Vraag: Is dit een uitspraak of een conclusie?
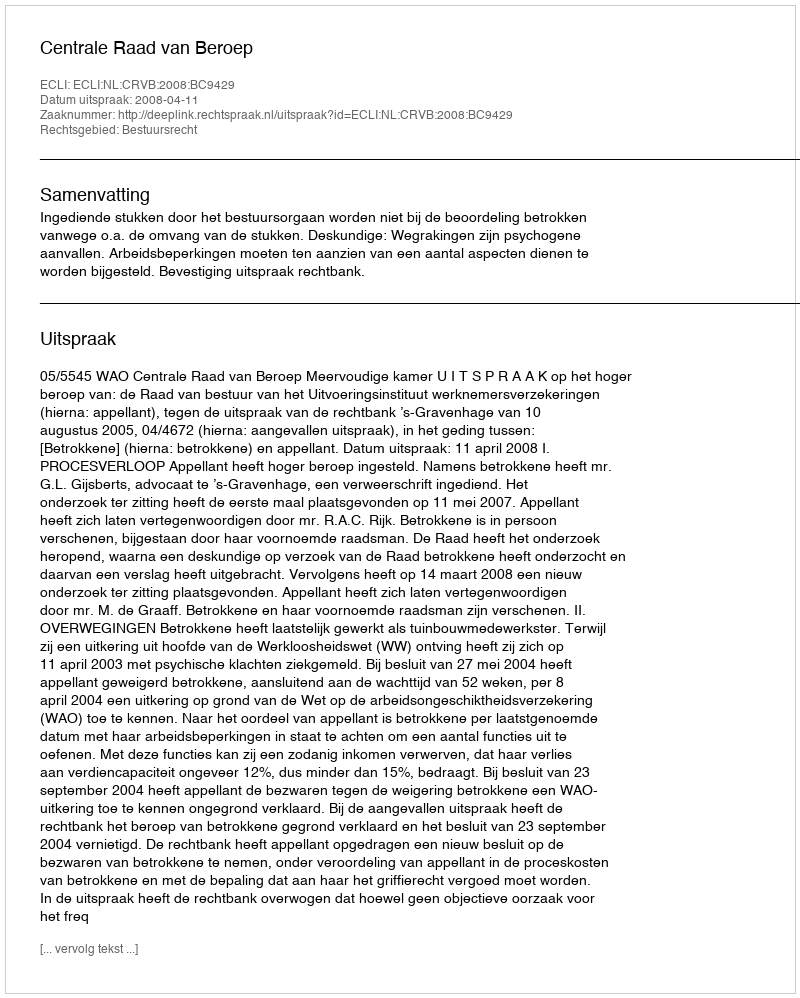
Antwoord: Uitspraak